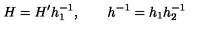
H = H ^ { \prime } h _ { 1 } ^ { - 1 } , \qquad h ^ { - 1 } = h _ { 1 } h _ { 2 } ^ { - 1 }